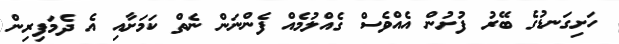
ހަށިގަނޑުގެ ބޭރު ފުށުން އެއްވެސް ގެއްލުމެއް ފެންނަން ނެތް ކަމަށާއި އެ ދެމަފިރިން